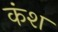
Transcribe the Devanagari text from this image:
कंश